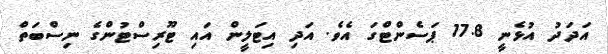
އަދަދު އުޅެނީ 17.8 ޕަސެންޓްގަ އެވެ. އަދި އިޓަލީން އައި ޓޫރިސްޓުންގެ ނިސްބަތް